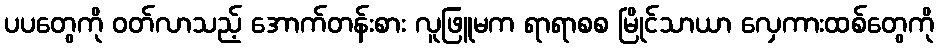
ပပတွေကို ဝတ်လာသည့် အောက်တန်းစား လူဖြူမက ရာရာစစ မြိုင်သာယာ လှေကားထစ်တွေကို